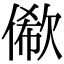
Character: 𠍫